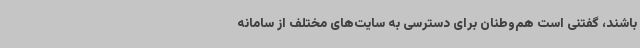
باشند، گفتنی است هم‌وطنان برای دسترسی به سایت‌های مختلف از سامانه